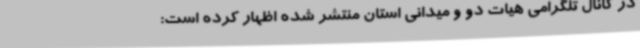
در کانال تلگرامی هیات دو و میدانی استان منتشر شده اظهار کرده است: